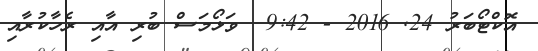
އޮކްޓޯބަރު 24